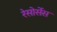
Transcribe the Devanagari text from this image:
रेसोर्सेस